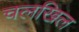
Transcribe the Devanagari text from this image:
चलखिल